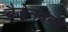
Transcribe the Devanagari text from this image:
ब्रैडेनबर्गर